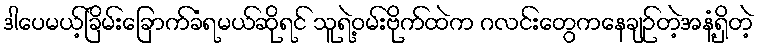
ဒါပေမယ့်ခြိမ်းခြောက်ခံရမယ်ဆိုရင် သူရဲ့ဝမ်းဗိုက်ထဲက ဂလင်းတွေကနေချဉ်တဲ့အနံ့ရှိတဲ့